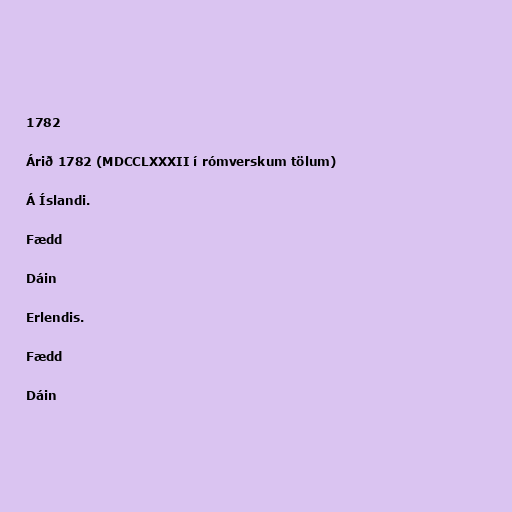
1782

Árið 1782 (MDCCLXXXII í rómverskum tölum)

Á Íslandi.

Fædd

Dáin

Erlendis.

Fædd

Dáin